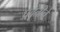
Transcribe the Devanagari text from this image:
प्रवृतीचे